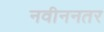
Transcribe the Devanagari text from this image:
नवीननतर